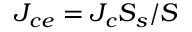
J _ { c e } = J _ { c } S _ { s } / S